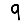
Digit: 9